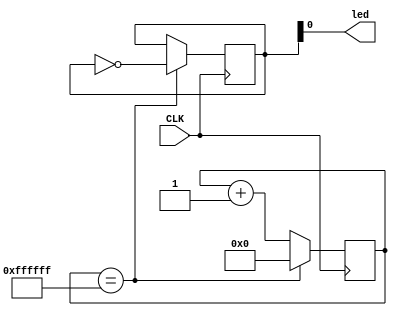
module LED_TEST(CLK, led);
	input CLK;
	output led;
	
	reg [24:0] c = 24'b0;
	reg [1:0] flg = 1'b0;
	
	assign led = flg;
	
	always @(posedge CLK) begin
		c <= c + 1;
		if(c == 24'b111111111111111111111111) begin
			c <= 0;
			flg = ~flg;
		end
	end
	
endmodule